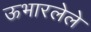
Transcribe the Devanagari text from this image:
ऊभारलेले